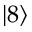
\lvert 8 \rangle